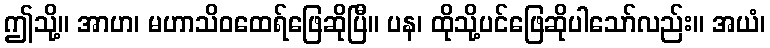
ဤသို့။ အာဟ၊ မဟာသိဝထေရ်ဖြေဆိုပြီ။ ပန၊ ထိုသို့ပင်ဖြေဆိုပါသော်လည်း။ အယံ၊